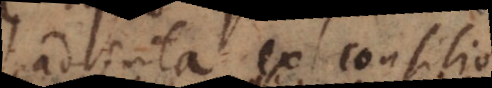
adjuta ex consilio